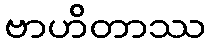
ဗာဟိတာဿ